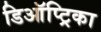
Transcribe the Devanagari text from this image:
डिऑप्ट्रिका